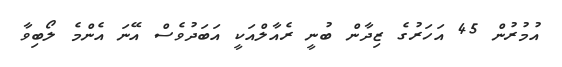
އުމުރުން 45 އަހަރުގެ ޒިދާން ބުނީ ރެއާލްއަކީ އަބަދުވެސް އޭނަ އެންމެ ލޯބިވާ